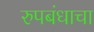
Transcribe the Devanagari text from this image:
रुपबंधाचा